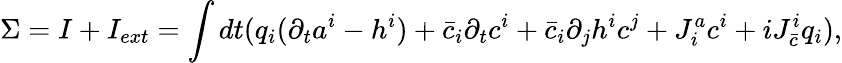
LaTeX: \Sigma=I+I_{ext}=\int dt(q_{i}(\partial_{t}a^{i}-h^{i})+\bar{c}_{i}\partial_{t}c^{i}+\bar{c}_{i}\partial_{j}h^{i}c^{j}+J_{i}^{a}c^{i}+iJ_{\bar{c}}^{i}q_{i}),